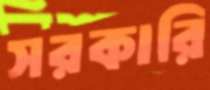
সরকারি